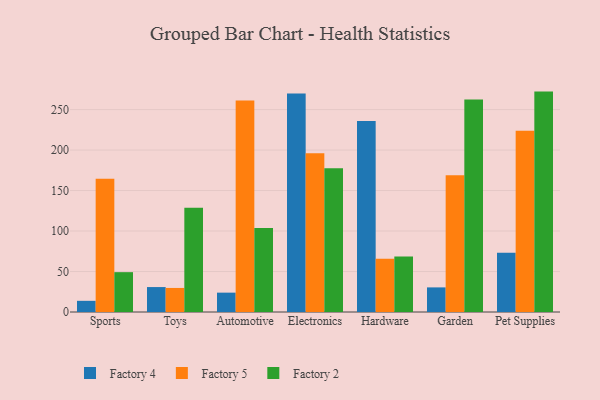
{"axis": {"x": "Category", "y": "Population (Million)"}, "legend": ["Factory 2", "Factory 4", "Factory 5"], "data": [{"x": "Sports", "y": 13.8, "type": "Factory 4"}, {"x": "Sports", "y": 164.7, "type": "Factory 5"}, {"x": "Sports", "y": 49.2, "type": "Factory 2"}, {"x": "Toys", "y": 30.8, "type": "Factory 4"}, {"x": "Toys", "y": 29.7, "type": "Factory 5"}, {"x": "Toys", "y": 128.6, "type": "Factory 2"}, {"x": "Automotive", "y": 23.9, "type": "Factory 4"}, {"x": "Automotive", "y": 261.3, "type": "Factory 5"}, {"x": "Automotive", "y": 103.8, "type": "Factory 2"}, {"x": "Electronics", "y": 270.0, "type": "Factory 4"}, {"x": "Electronics", "y": 196.1, "type": "Factory 5"}, {"x": "Electronics", "y": 177.5, "type": "Factory 2"}, {"x": "Hardware", "y": 235.8, "type": "Factory 4"}, {"x": "Hardware", "y": 65.7, "type": "Factory 5"}, {"x": "Hardware", "y": 68.4, "type": "Factory 2"}, {"x": "Garden", "y": 30.4, "type": "Factory 4"}, {"x": "Garden", "y": 169.0, "type": "Factory 5"}, {"x": "Garden", "y": 262.3, "type": "Factory 2"}, {"x": "Pet Supplies", "y": 73.3, "type": "Factory 4"}, {"x": "Pet Supplies", "y": 223.9, "type": "Factory 5"}, {"x": "Pet Supplies", "y": 272.2, "type": "Factory 2"}]}